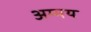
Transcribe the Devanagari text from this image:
अम्मय